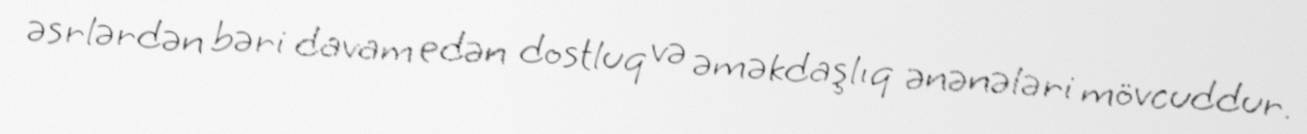
əsrlərdən bəri davam edən dostluq və əməkdaşlıq ənənələri mövcuddur.